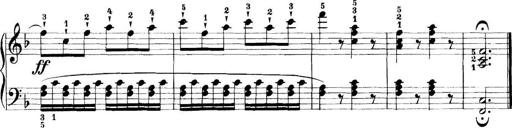
Title: 11 Sonatinas
Composer: Anton Diabelli